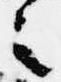
之